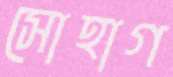
সোহাগ